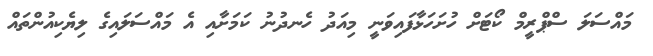
މައްސަލަ ސްޕްރީމް ކޯޓަށް ހުށަހަޅާފައިވަނީ މިއަދު ހެނދުނު ކަމަށާއި އެ މައްސަލައިގެ ލިޔެކިއުންތައް